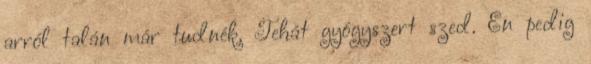
arról talán már tudnék. Tehát gyógyszert szed. Én pedig